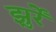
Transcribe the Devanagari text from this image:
झुर्रें